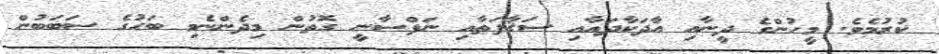
ކުރުމެވެ. މީހުންގެ ދީނާއި އާދަކާދައާއި ސަޤާފަތާއި ނަފްސާނީ ގޮތުން މިދެންނެވި ބަހުގެ ސަބަބުން